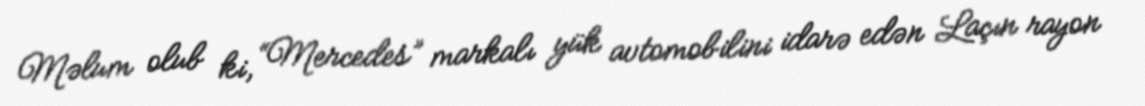
Məlum olub ki, “Mercedes” markalı yük avtomobilini idarə edən Laçın rayon